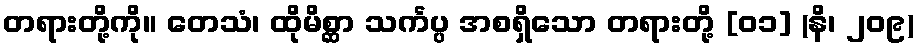
တရားတို့ကို။ တေသံ၊ ထိုမိစ္ဆာ သင်္ကပ္ပ အစရှိသော တရားတို့ [၀၁] (နိ၊ ၂၀၉)